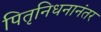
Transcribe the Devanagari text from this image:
पितृनिधनानंतर